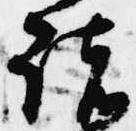
諸